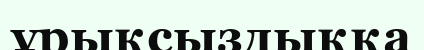
ұрықсыздыққа